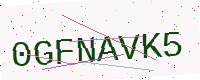
Text: 0GFNAVK5